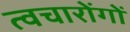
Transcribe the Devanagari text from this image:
त्वचारोंगों